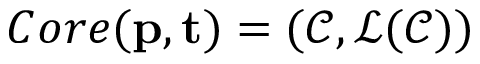
C o r e ( \mathbf { p } , \mathbf { t } ) = ( \mathcal { C } , \mathcal { L } ( \mathcal { C } ) )